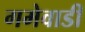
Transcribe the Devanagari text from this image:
गमेवाडी